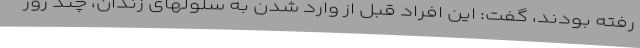
رفته بودند، گفت: این افراد قبل از وارد شدن به سلولهای زندان، چند روز